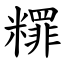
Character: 䊫